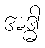
အဒ္ဓါ